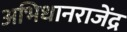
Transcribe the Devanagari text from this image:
अभिधानराजेंद्र